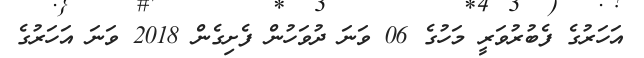
އަހަރުގެ ފެބުރުވަރީ މަހުގެ 06 ވަނަ ދުވަހުން ފެށިގެން 2018 ވަނަ އަހަރުގެ